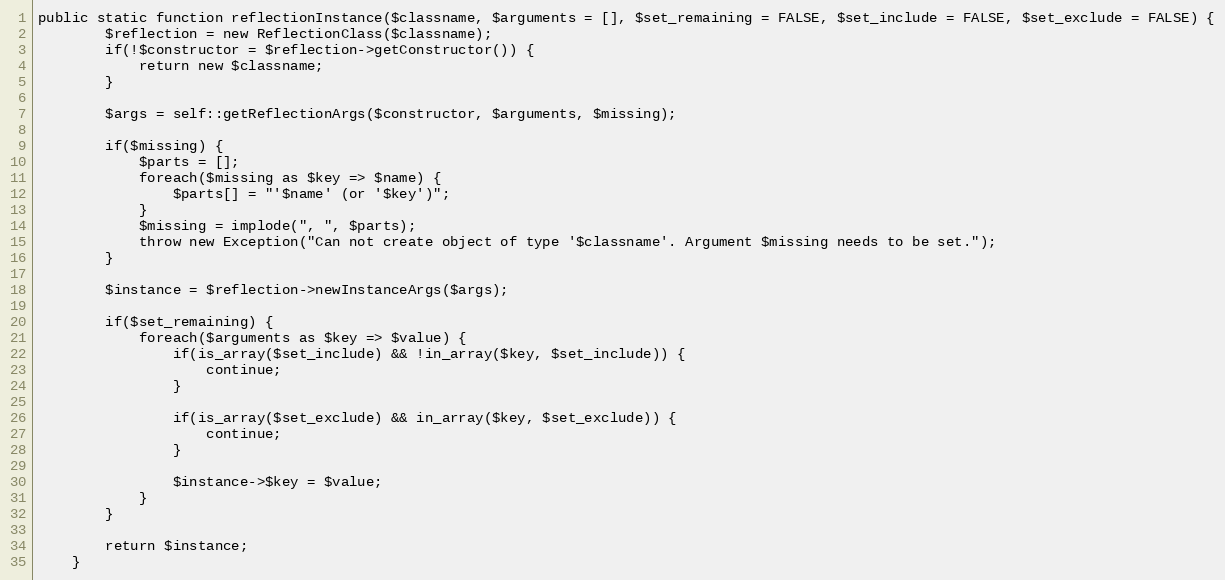
Language: PHP
public static function reflectionInstance($classname, $arguments = [], $set_remaining = FALSE, $set_include = FALSE, $set_exclude = FALSE) {
        $reflection = new ReflectionClass($classname);
        if(!$constructor = $reflection->getConstructor()) {
            return new $classname;
        }

        $args = self::getReflectionArgs($constructor, $arguments, $missing);

        if($missing) {
            $parts = [];
            foreach($missing as $key => $name) {
                $parts[] = "'$name' (or '$key')";
            }
            $missing = implode(", ", $parts);
            throw new Exception("Can not create object of type '$classname'. Argument $missing needs to be set.");
        }

        $instance = $reflection->newInstanceArgs($args);

        if($set_remaining) {
            foreach($arguments as $key => $value) {
                if(is_array($set_include) && !in_array($key, $set_include)) {
                    continue;
                }

                if(is_array($set_exclude) && in_array($key, $set_exclude)) {
                    continue;
                }

                $instance->$key = $value;
            }
        }

        return $instance;
    }